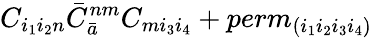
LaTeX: C_{i_{1}i_{2}n}{\bar{C}}_{\bar{a}}^{nm}C_{mi_{3}i_{4}}+perm_{(i_{1}i_{2}i_{3}i_{4})}